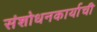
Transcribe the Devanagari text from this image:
संशोधनकार्याची